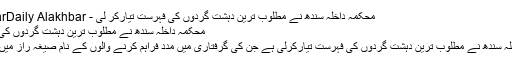
محکمہ داخلہ سندھ نے مطلوب ترین دہشت گردوں کی فہرست تیارکر لی - Daily AlakhbarDaily Alakhbar
محکمہ داخلہ سندھ نے مطلوب ترین دہشت گردوں کی فہرست تیارکر لی
کراچی: محکمہ داخلہ سندھ نے مطلوب ترین دہشت گردوں کی فہرست تیارکرلی ہے جن کی گرفتاری میں مدد فراہم کرنے والوں کے نام صیغہ راز میں رکھے جائیں گے۔